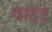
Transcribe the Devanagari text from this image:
वाहट